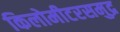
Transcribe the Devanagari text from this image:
किलोमीटरसमुद्र